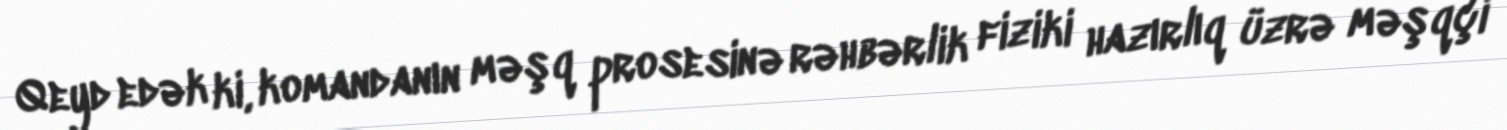
Qeyd edək ki, komandanın məşq prosesinə rəhbərlik fiziki hazırlıq üzrə məşqçi